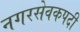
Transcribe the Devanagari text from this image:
नगरसेवकपदी